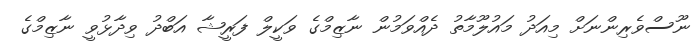
ނޫސްވެރިންނަށް މިއަދު މައުލޫމާތު ދެއްވަމުން ނާޒިމްގެ ވަކީލް ފަރީޝާ އަބްދު ވިދާޅުވީ ނާޒިމްގެ